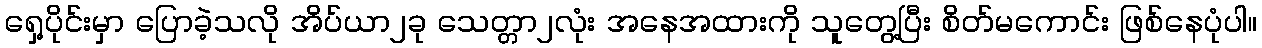
ရှေ့ပိုင်းမှာ ပြောခဲ့သလို အိပ်ယာ၂ခု သေတ္တာ၂လုံး အနေအထားကို သူတွေ့ပြီး စိတ်မကောင်း ဖြစ်နေပုံပါ။